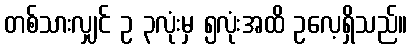
တစ်သားလျှင် ဥ ၃လုံးမှ ၅လုံးအထိ ဥလေ့ရှိသည်။